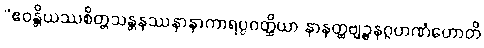
“ဧဝန္တိယဿစိတ္တသန္တနဿနာနာကာရပ္ပဝတ္ထိယာ နာနတ္ထဗျဉ္ဇနဂ္ဂဟဏံဟောတိ